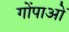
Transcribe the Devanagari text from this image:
गोंपाओं